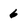
Character: 6